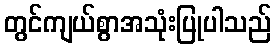
တွင်ကျယ်စွာအသုံးပြုပါသည်